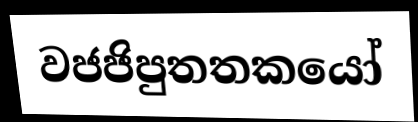
වජජිපුතතකයෝ